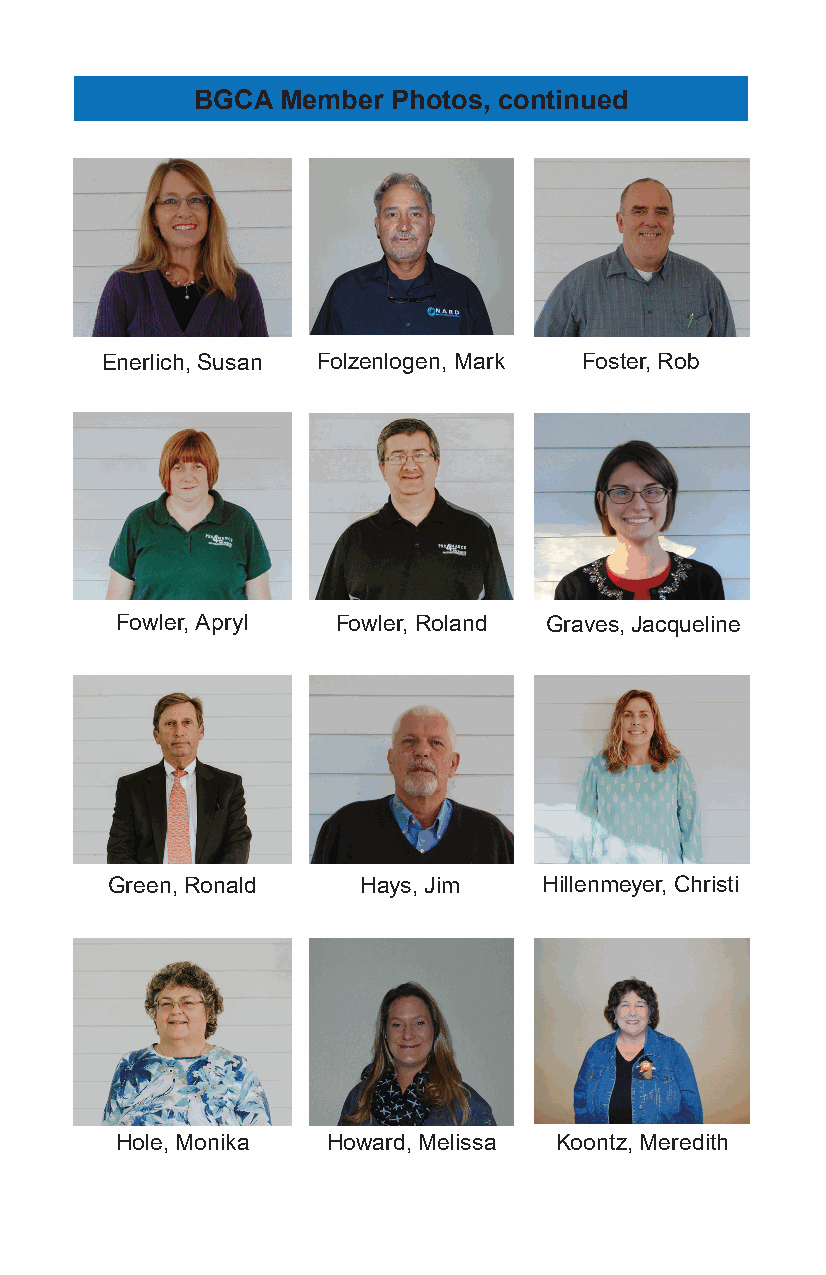
BGCA  Member Photos, continued
 Enerlich, Susan Folzenlogen, Mark Foster, Rob
 Fowler, Apryl Fowler, Roland Graves, Jacqueline
 Green, Ronald    Hays, Jim   Hillenmeyer, Christi
 Hole, Monika  Howard, Melissa Koontz, Meredith